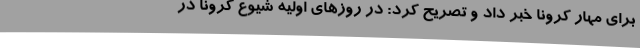
برای مهار کرونا خبر داد و تصریح کرد:‌ در روزهای اولیه شیوع کرونا در